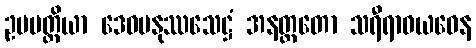
ဥပပတ္တိယာ ဒေဝမနုဿသေဋ္ဌံ အနတ္တတော သရီရာဝယဝေန